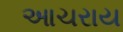
આચરાય